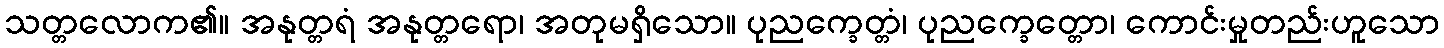
သတ္တလောက၏။ အနုတ္တရံ အနုတ္တရော၊ အတုမရှိသော။ ပုညက္ခေတ္တံ၊ ပုညက္ခေတ္တော၊ ကောင်းမှုတည်းဟူသော